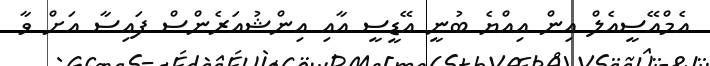
އެމްއޭސީއެލް އިން އިއްޔެ ބުނީ އޭޑީސީ އާއި އިންޝުއަރެންސް ފައިސާ އަށް ވާ